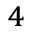
^ { 4 }